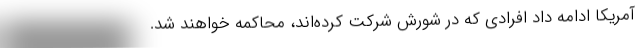
آمریکا ادامه داد افرادی که در شورش شرکت کرده‌اند، محاکمه خواهند شد.